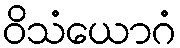
ဝိသံယောဂံ